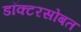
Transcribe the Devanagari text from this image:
डॉक्टरसोबत